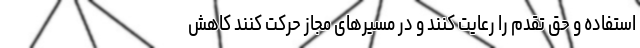
استفاده و حق تقدم را رعایت کنند و در مسیرهای مجاز حرکت کنند کاهش